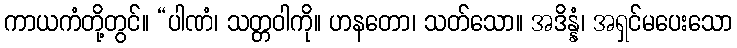
ကာယကံတို့တွင်။ “ပါဏံ၊ သတ္တဝါကို။ ဟနတော၊ သတ်သော။ အဒိန္နံ၊ အရှင်မပေးသော